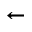
\overleftarrow { }